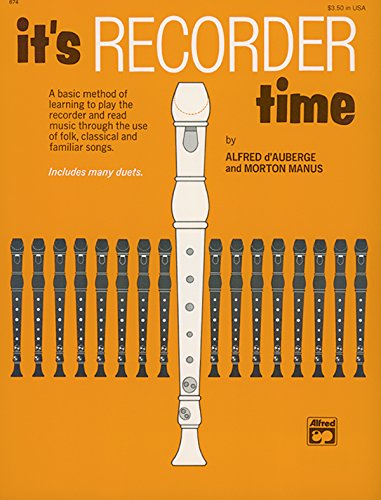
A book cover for It's Recorder Time; Alfred d'Auberge; Arts & Photography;